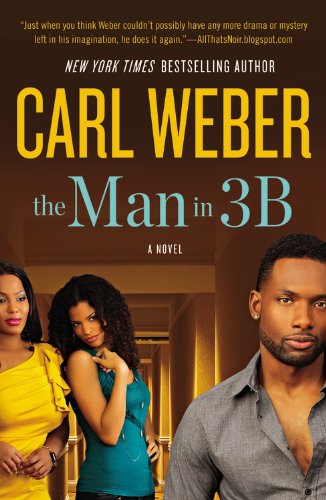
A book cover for The Man in 3B; Carl Weber; Literature & Fiction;